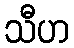
သီဟ